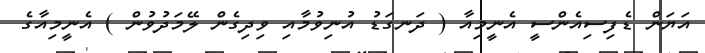
އަޔަން ޑެފިސިއެންސީ އެނީމިއާ ( ދަނގަޑު އުނިވުމާއި ވިދިގެން ލޭމަދުވުން ) އެނީމިއާގެ